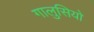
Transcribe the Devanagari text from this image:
गालुसियो